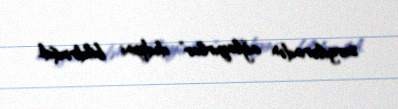
sevgilərindən ağlayırlar” dediyini bildirmişdi.